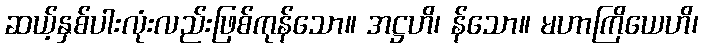
ဆယ့်နှစ်ပါးလုံးလည်းဖြစ်ကုန်သော။ အဋ္ဌဟိ၊ န်သော။ မဟာကြိယေဟိ၊